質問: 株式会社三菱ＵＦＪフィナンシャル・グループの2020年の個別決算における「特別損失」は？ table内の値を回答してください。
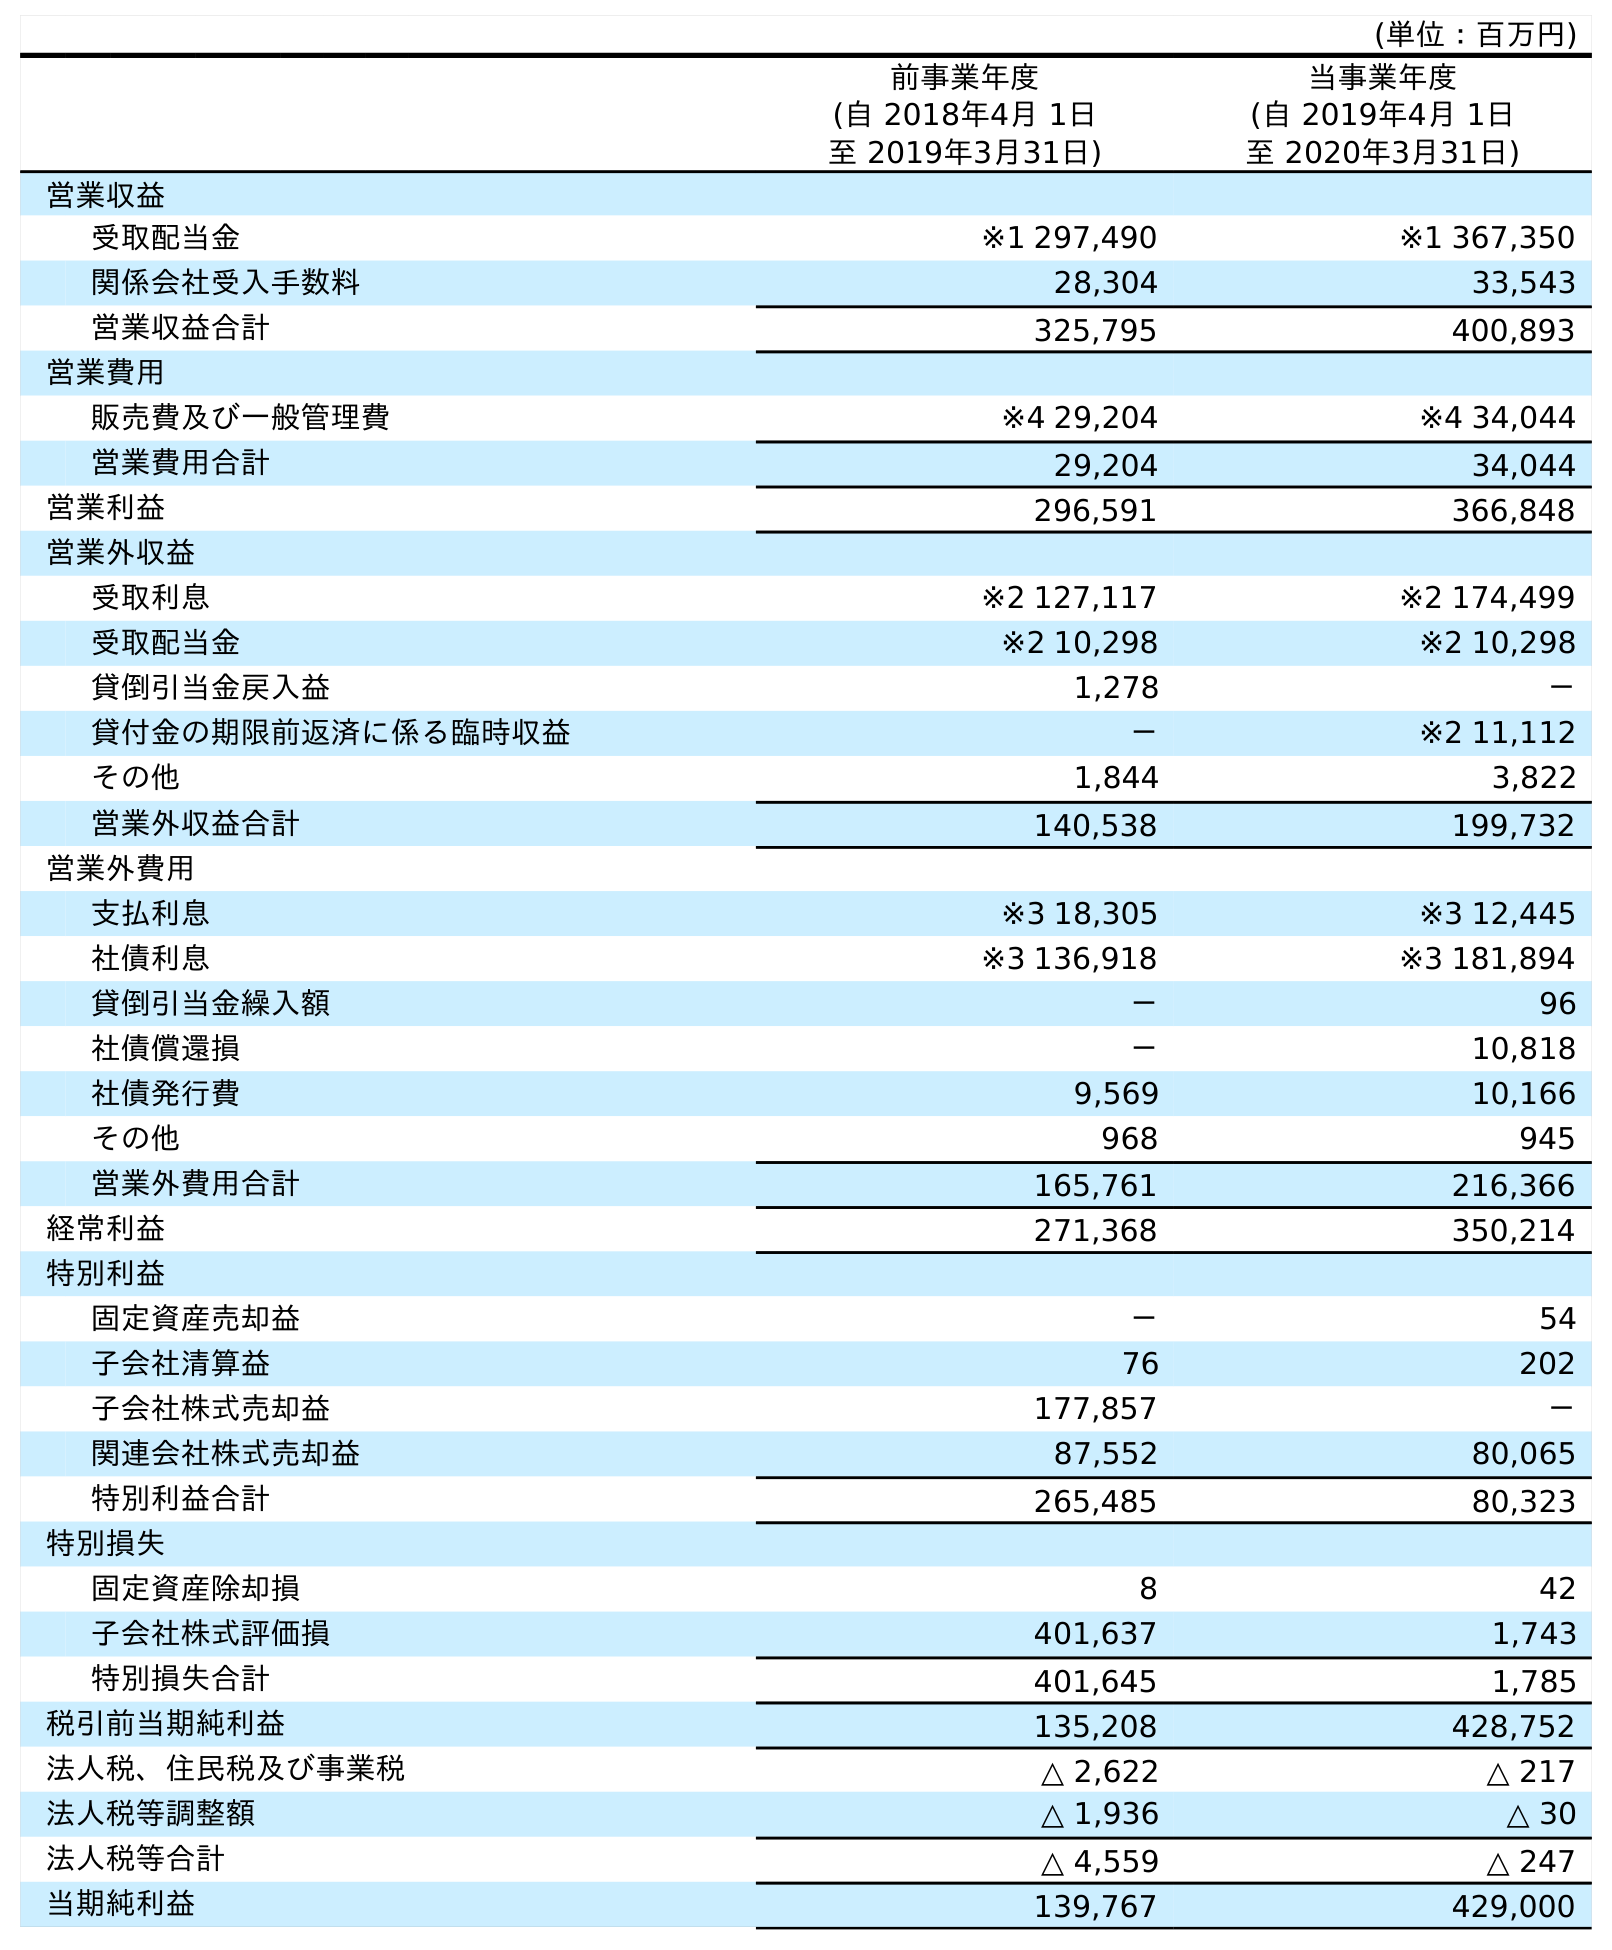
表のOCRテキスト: (単位：百万円) 前事業年度 (自 2018年4月 1日 至 2019年3月31日) 当事業年度 (自 2019年4月 1日 至 2020年3月31日) 営業収益 受取配当金 ※1 297,490 ※1 367,350 関係会社受入手数料 28,304 33,543 営業収益合計 325,795 400,893 営業費用 販売費及び一般管理費 ※4 29,204 ※4 34,044 営業費用合計 29,204 34,044 営業利益 296,591 366,848 営業外収益 受取利息 ※2 127,117 ※2 174,499 受取配当金 ※2 10,298 ※2 10,298 貸倒引当金戻入益 1,278 － 貸付金の期限前返済に係る臨時収益 － ※2 11,112 その他 1,844 3,822 営業外収益合計 140,538 199,732 営業外費用 支払利息 ※3 18,305 ※3 12,445 社債利息 ※3 136,918 ※3 181,894 貸倒引当金繰入額 － 96 社債償還損 － 10,818 社債発行費 9,569 10,166 その他 968 945 営業外費用合計 165,761 216,366 経常利益 271,368 350,214 特別利益 固定資産売却益 － 54 子会社清算益 76 202 子会社株式売却益 177,857 － 関連会社株式売却益 87,552 80,065 特別利益合計 265,485 80,323 特別損失 固定資産除却損 8 42 子会社株式評価損 401,637 1,743 特別損失合計 401,645 1,785 税引前当期純利益 135,208 428,752 法人税、住民税及び事業税 △ 2,622 △ 217 法人税等調整額 △ 1,936 △ 30 法人税等合計 △ 4,559 △ 247 当期純利益 139,767 429,000
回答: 1,785